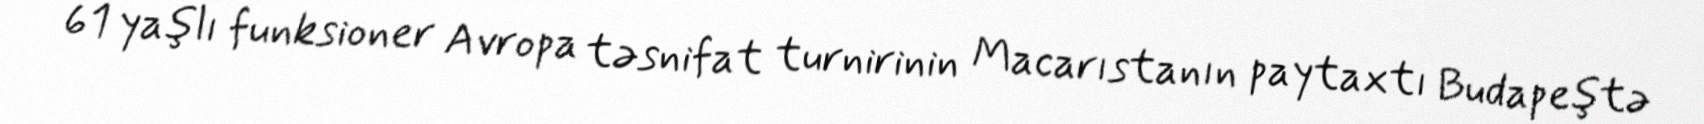
61 yaşlı funksioner Avropa təsnifat turnirinin Macarıstanın paytaxtı Budapeştə